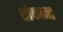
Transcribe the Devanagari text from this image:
शोकान्‍त